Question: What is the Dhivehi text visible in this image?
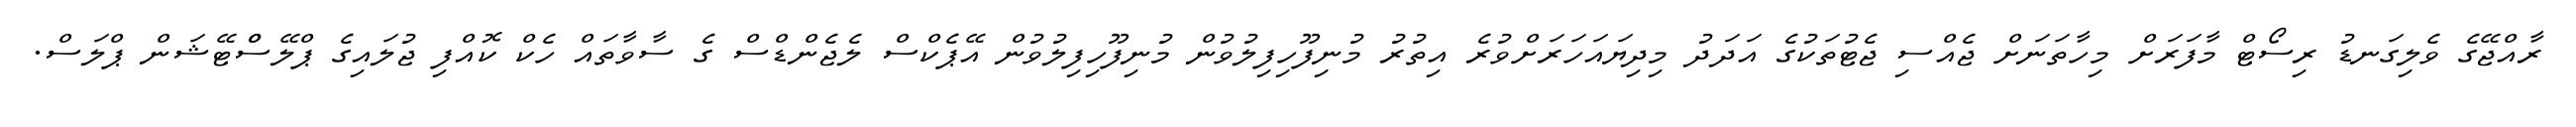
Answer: ރާއްޖޭގެ ވެލިގަނޑު ރިސޯޓް މާފަރަށް މިހާތަނަށް ޖެއްސި ޖެޓުތަކުގެ އަދަދު މިދިޔައަހަރަށްވުރެ އިތުރު މުނިފޫހިފިލުވުން މުނިފޫހިފިލުވުން އޭޕެކްސް ލެޖެންޑްސް ގެ ސާވާތައް ހެކް ކޮއްފި ޖުލައިގެ ޕްލޭސްްޓޭޝަން ޕްލަސް.